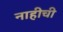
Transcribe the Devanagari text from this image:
नाहीची